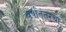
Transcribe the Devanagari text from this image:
वर्षांतंतरचा